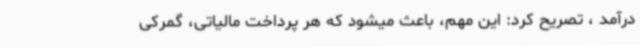
درآمد ، تصریح کرد: این مهم، باعث میشود که هر پرداخت مالیاتی، گمرکی